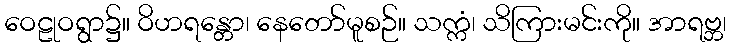
ဝေဠုဝရွာ၌။ ဝိဟရန္တော၊ နေတော်မူစဉ်။ သက္ကံ၊ သိကြားမင်းကို။ အာရဗ္ဘ၊